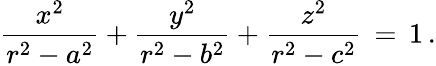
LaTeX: {\frac{x^{2}}{r^{2}-a^{2}}}+{\frac{y^{2}}{r^{2}-b^{2}}}+{\frac{z^{2}}{r^{2}-c^{2}}}\, =\, 1\, .